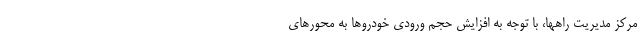
مرکز مدیریت راهها،‌ با توجه به افزایش حجم ورودی خودروها به محورهای